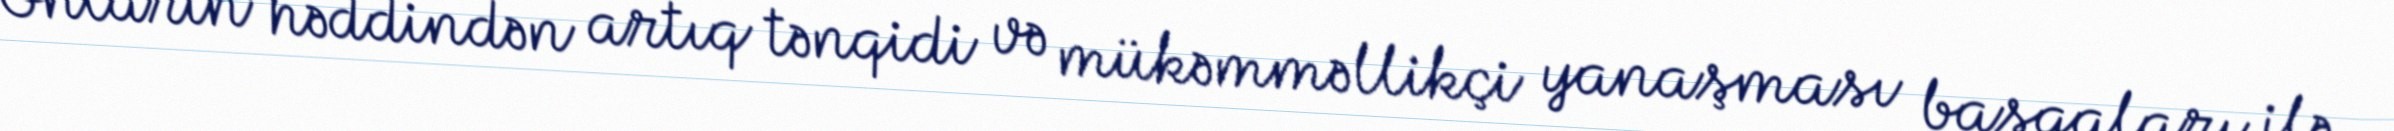
Onların həddindən artıq tənqidi və mükəmməllikçi yanaşması başqaları ilə